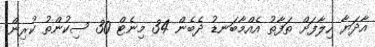
އާދަޔާ ހިލާފަށް ތަފާތު އެއްމާބަނޑު ދެބެން 34 މިނެޓް 30 ސިކުންތު ކުރިން.